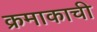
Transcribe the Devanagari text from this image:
क्रमाकाची